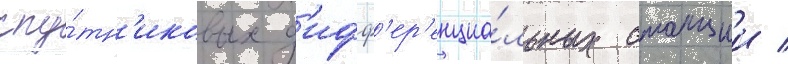
спу́тн'иковых д'ифф'ер'енциа́льных станции /